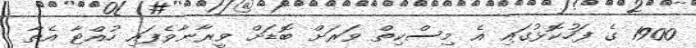
1900 ގެ ފަހުކޮޅުގައި އެ މިސްކިތް ވަރަށް ބޮޑަށް ވީރާނާވެފައި ހުއްޓާ އެތާ